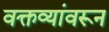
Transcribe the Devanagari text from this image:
वक्तव्यांवरून